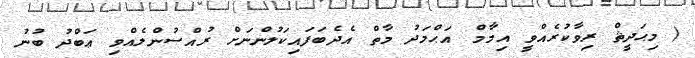
( މިޙަދީޘް ރިވާކުރެއްވީ އިމާމް އަޙްމަދު މާތް އެދެބަފައިކަލުންނަށް ރުއްސުންލެއްވި ޢަބްދު ބުނު